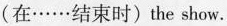
(在……结束时)the show.